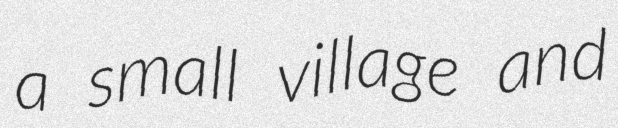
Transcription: a small village and